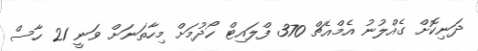
ދަނިކޮށް ގެއްލުނު އެމްއެޗް 370 ފްލައިޓް ހޯދުމަށް މިހާތަނަށް ވަނީ 21 ހާސް